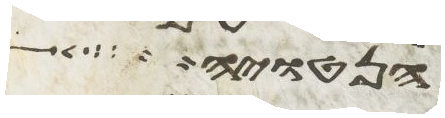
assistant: הנטויה